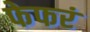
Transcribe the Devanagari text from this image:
फेफरं